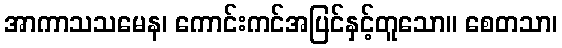
အာကာသသမေန၊ ကောင်းကင်အပြင်နှင့်တူသော။ စေတသာ၊